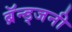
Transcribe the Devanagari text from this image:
ब्रॅन्ड्जनी